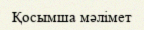
Қосымша мәлімет